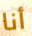
أنا